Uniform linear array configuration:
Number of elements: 64
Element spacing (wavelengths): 1
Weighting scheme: hamming
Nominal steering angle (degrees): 45
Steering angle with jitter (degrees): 46.013
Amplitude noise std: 0.05
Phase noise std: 0.05

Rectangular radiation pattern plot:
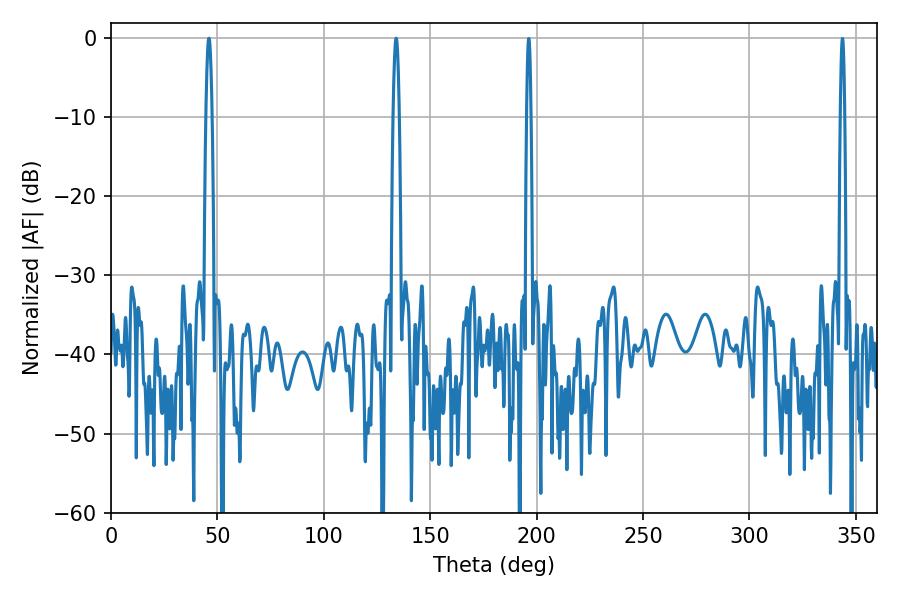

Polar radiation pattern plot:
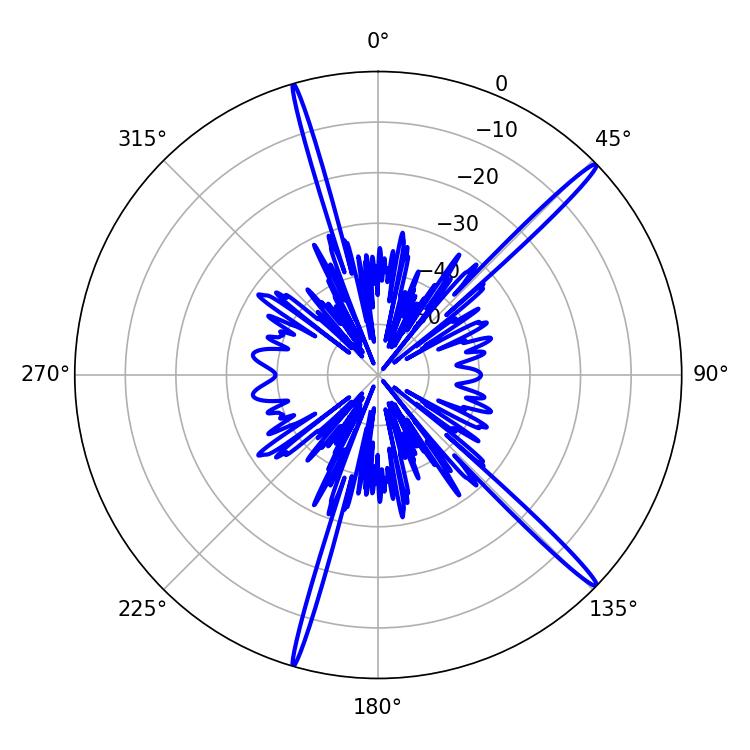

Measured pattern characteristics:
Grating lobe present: TRUE
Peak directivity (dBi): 17.946
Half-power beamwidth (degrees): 1.62
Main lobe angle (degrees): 133.92